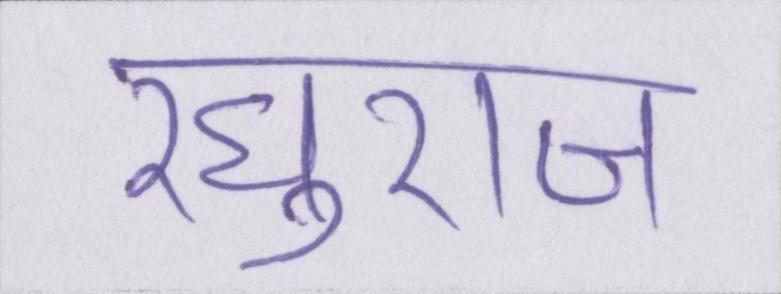
रघुराज